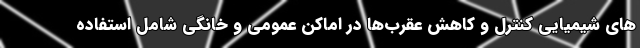
های شیمیایی کنترل و کاهش عقرب‌ها در اماکن عمومی و خانگی شامل استفاده